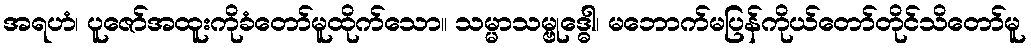
အရဟံ၊ ပူဇော်အထူးကိုခံတော်မူထိုက်သော။ သမ္မာသမ္ဗုဒ္ဓေါ၊ မဘောက်မပြန်ကိုယ်တော်တိုင်သိတော်မူ